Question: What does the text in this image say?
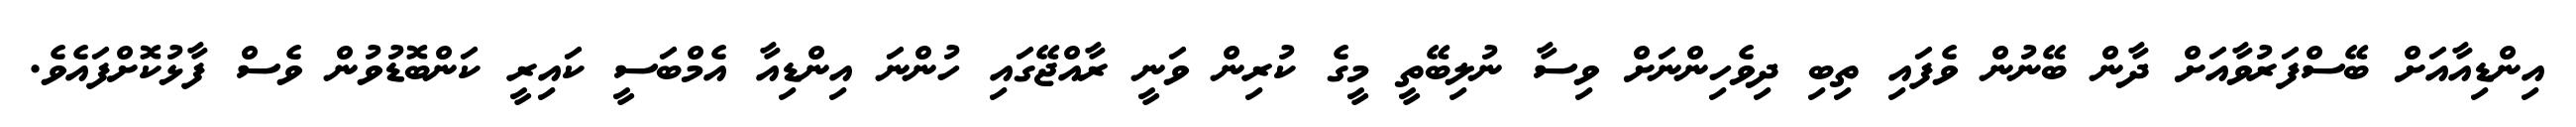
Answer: އިންޑިއާއަށް ބޭސްފަރުވާއަށް ދާން ބޭނުން ވެފައި ތިބި ދިވެހިންނަށް ވިސާ ނުލިބޭތީ މީގެ ކުރިން ވަނީ ރާއްޖޭގައި ހުންނަ އިންޑިއާ އެމްބަސީ ކައިރީ ކަންބޮޑުވުން ވެސް ފާޅުކޮށްފައެވެ.